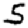
Digit: 5